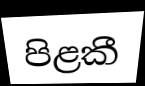
පිළකී